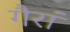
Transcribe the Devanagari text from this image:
गैरां